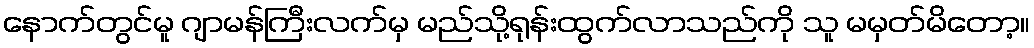
နောက်တွင်မူ ဂျာမန်ကြီးလက်မှ မည်သို့ရုန်းထွက်လာသည်ကို သူ မမှတ်မိတော့။